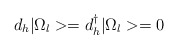
\begin{align*}d_{h}|\Omega _{l}>=d_{h}^{\dagger}|\Omega _{l}>=0\end{align*}